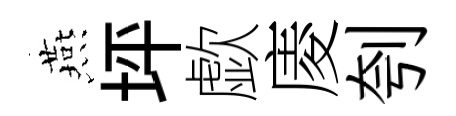
燕坪歔庱刳